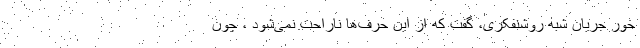
خور جریان شبه روشنفکری، گفت که از این حرف‌ها ناراحت نمی‌شود ، چون